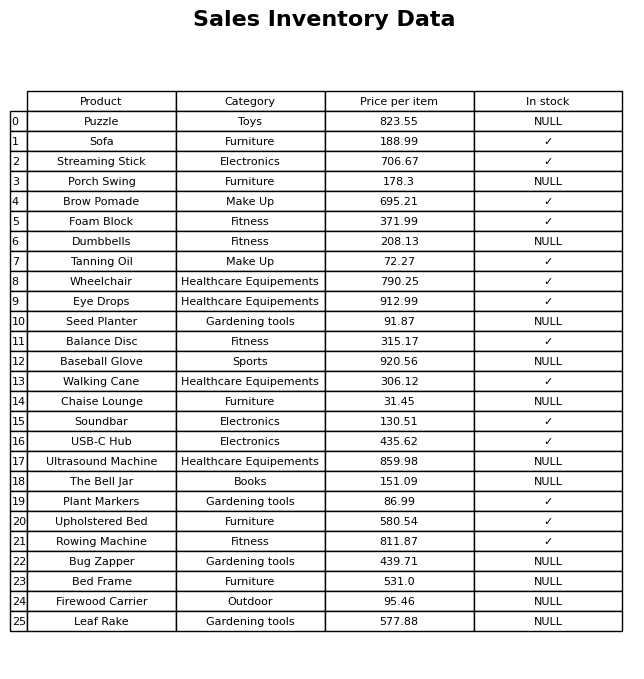
question: What is the price of the Chaise Lounge?
answer: The price of Chaise Lounge is 31.45.